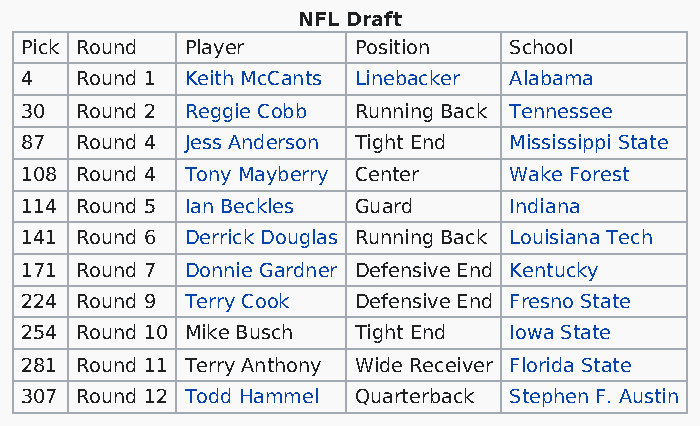
NFL Draft
 Pick Round Player     Position   School
 4   Round 1 Keith McCants Linebacker Alabama
 30  Round 2 Reggie Cobb Running Back Tennessee
 87  Round 4 Jess Anderson Tight End Mississippi State
 108 Round 4 Tony Mayberry Center Wake Forest
 114 Round 5 Ian Beckles Guard    Indiana
 141 Round 6 Derrick Douglas Running Back Louisiana Tech
 171 Round 7 Donnie Gardner Defensive End Kentucky
 224 Round 9 Terry Cook Defensive End Fresno State
 254 Round 10 Mike Busch Tight End Iowa State
 281 Round 11 Terry Anthony Wide Receiver Florida State
 307 Round 12 Todd Hammel Quarterback Stephen F. Austin